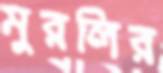
মুরলির